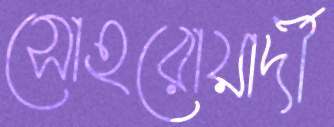
সোহরোয়ার্দী